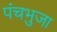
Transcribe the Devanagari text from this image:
पंचभुजा